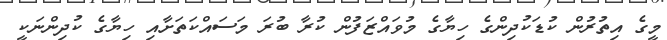
މީގެ އިތުރުން ކުޑަކުދިންގެ ހިޔާގެ މުވައްޒަފުން ކުރާ ބުރަ މަސައްކަތަށާއި ހިޔާގެ ކުދިންނަކީ